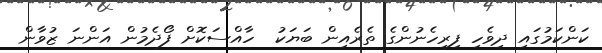
ކަންކަމުގައި ދިވެހި ފިރިހެނުންގެ ތެރެއިން ބަޔަކު  ހާއްސަކޮށް ފޯދެމުން އަންނަ ޒުވާން